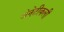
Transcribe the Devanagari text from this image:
जेनेटीकली